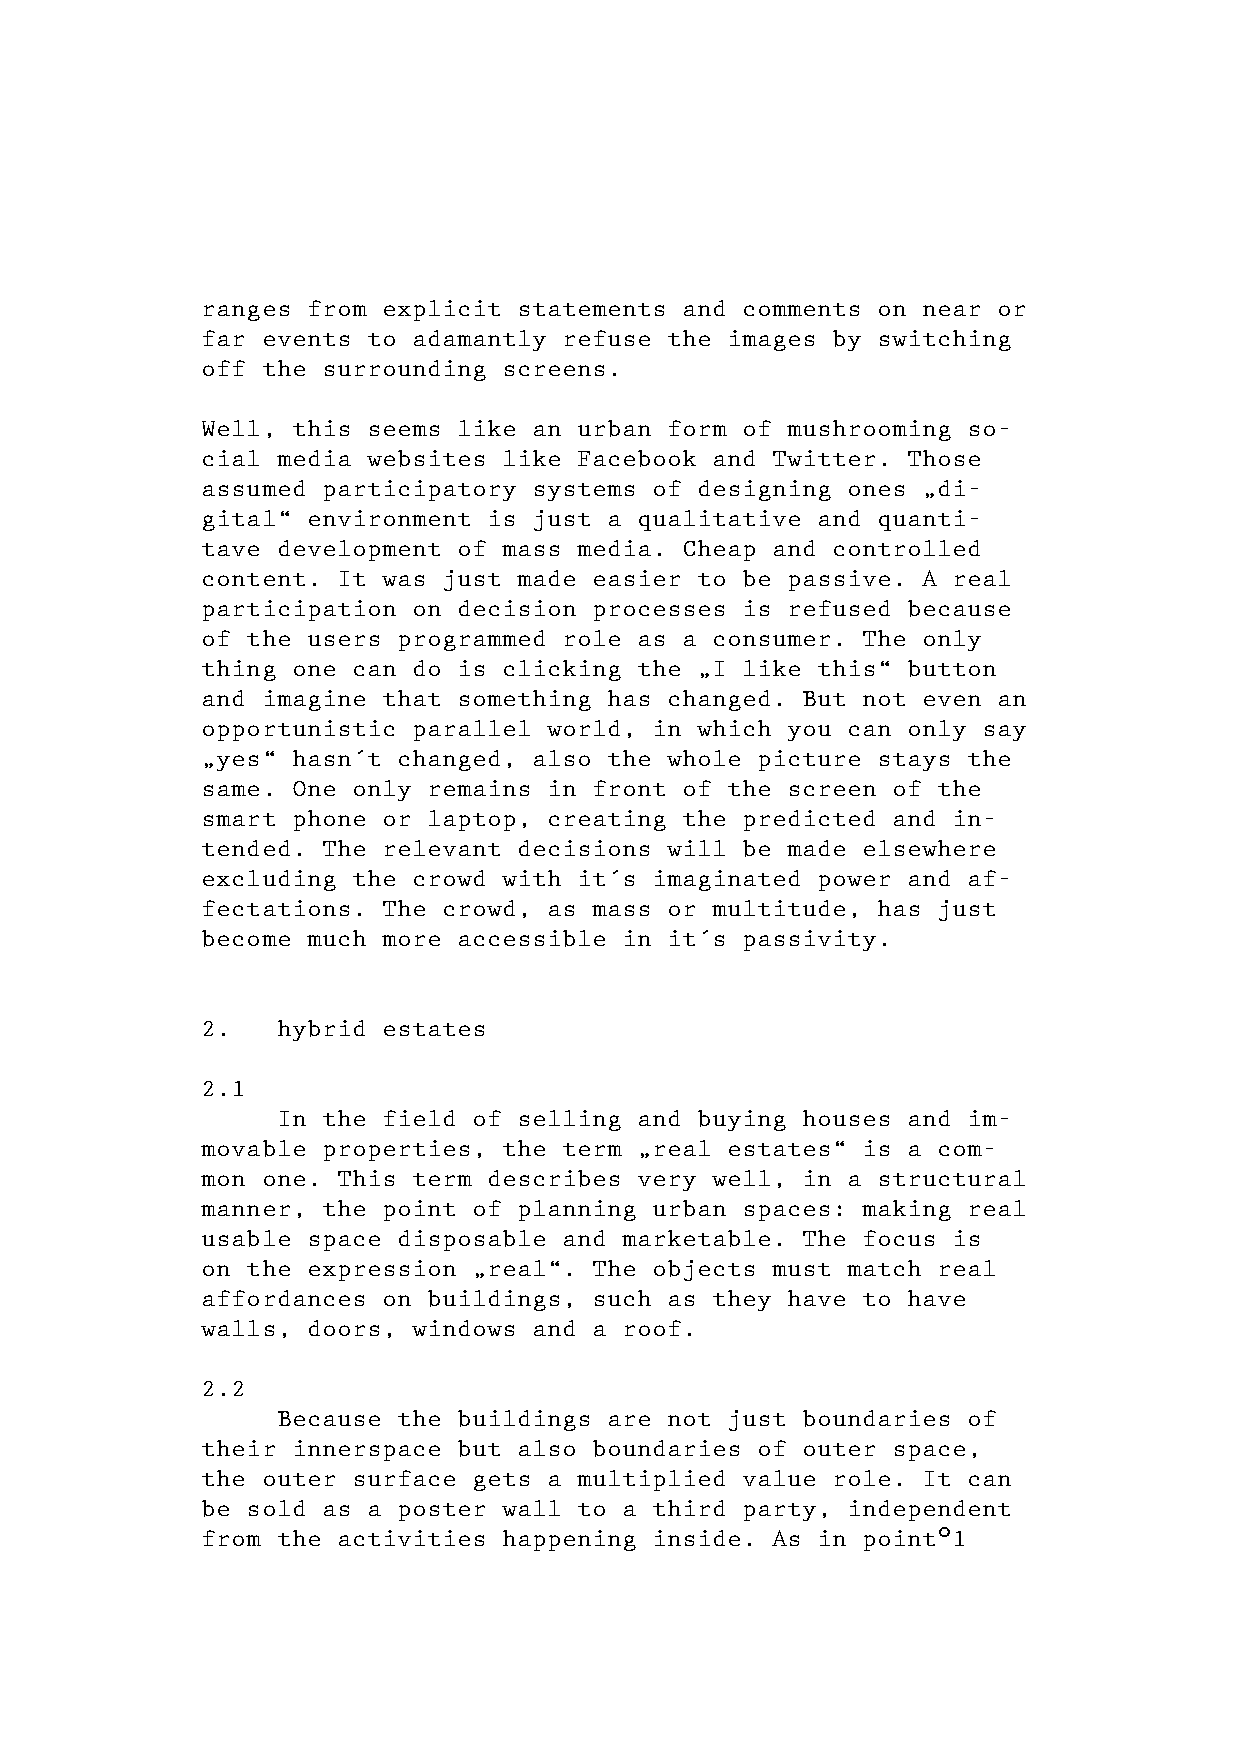
ranges from explicit statements and comments on near or
 far events to adamantly refuse the images by switching
 off the surrounding screens.
 Well, this seems like an urban form of mushrooming so-
 cial media websites like Facebook and Twitter. Those
 assumed participatory systems of designing ones „di-
 gital“ environment is just a qualitative and quanti-
 tave development of mass media. Cheap and controlled
 content. It was just made easier to be passive. A real
 participation on decision processes is refused because
 of the users programmed role as a consumer. The only
 thing one can do is clicking the „I like this“ button
 and imagine that something has changed. But not even an
 opportunistic parallel world, in which you can only say
 „yes“ hasn´t changed, also the whole picture stays the
 same. One only remains in front of the screen of the
 smart phone or laptop, creating the predicted and in-
 tended. The relevant decisions will be made elsewhere
 excluding the crowd with it´s imaginated power and af-
 fectations. The crowd, as mass or multitude, has just
 become much more accessible in it´s passivity.
 2.   hybrid estates
 2.1
 In the field of selling and buying houses and im-
 movable properties, the term „real estates“ is a com-
 mon one. This term describes very well, in a structural
 manner, the point of planning urban spaces: making real
 usable space disposable and marketable. The focus is
 on the expression „real“. The objects must match real
 affordances on buildings, such as they have to have
 walls, doors, windows and a roof.
 2.2
 Because the buildings are not just boundaries of
 their innerspace but also boundaries of outer space,
 the outer surface gets a multiplied value role. It can
 be sold as a poster wall to a third party, independent
 from the activities happening inside. As in point°1